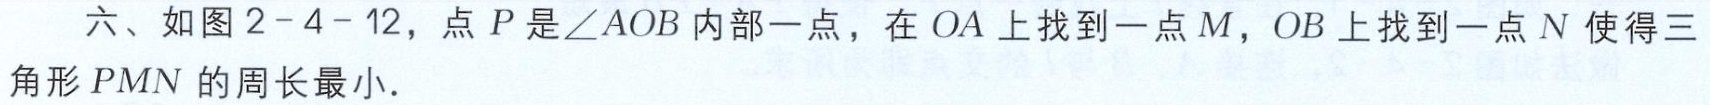
六、如图2 - 4 - 12，点\(P\)是\(\angle AOB\)内部一点，在\(OA\)上找到一点\(M\)，\(OB\)上找到一点\(N\)使得三角形\(PMN\)的周长最小.